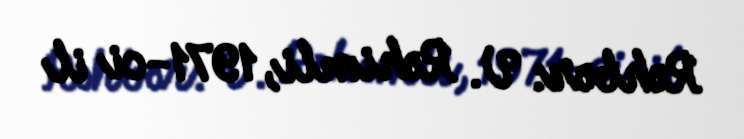
Rəhbər: V. Rəhimli, 1971-ci il